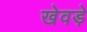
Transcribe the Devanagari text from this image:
खेवड़े